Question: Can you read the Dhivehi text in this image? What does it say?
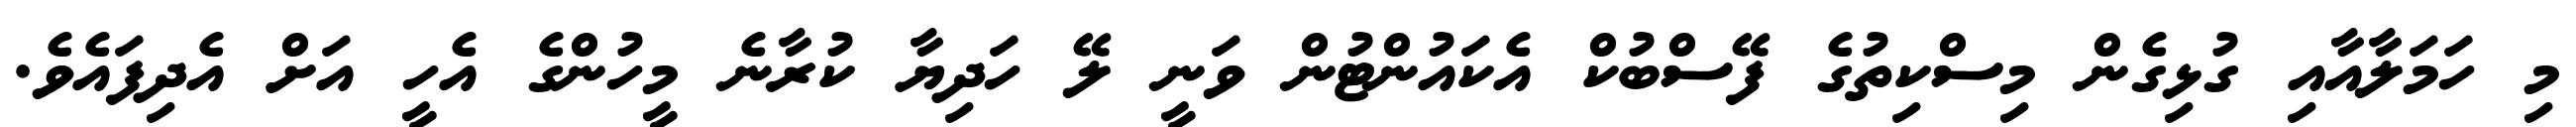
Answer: މި ހަމަލާއާއި ގުޅިގެން މިސްކިތުގެ ފޭސްބުކް އެކައުންޓުން ވަނީ ލޭ ހަދިޔާ ކުރާނެ މީހުންގެ އެހީ އަށް އެދިފައެވެ.